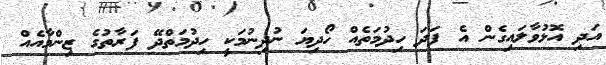
އަދި އޮޅުވާލައިގެން އެ ފަދަ ހިދުމަތެއް ހޯދިޔަ ނުދިނުމަކީ ހިދުމަތްދޭ ފަރާތުގެ ޒިންމާއެއް